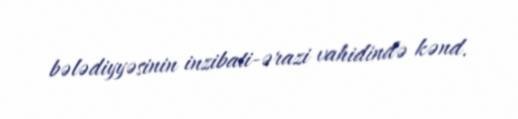
bələdiyyəsinin inzibati-ərazi vahidində kənd.